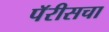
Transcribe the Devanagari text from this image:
पॅरीसचा